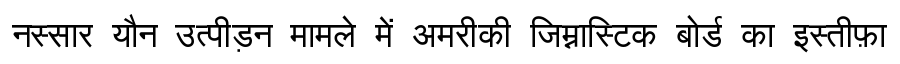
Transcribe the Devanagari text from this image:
नस्सार यौन उत्पीड़न मामले में अमरीकी जिम्नास्टिक बोर्ड का इस्तीफ़ा